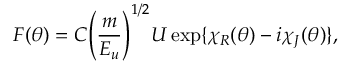
F ( \theta ) = C { \left( \frac { m } { E _ { u } } \right) } ^ { 1 / 2 } U \exp \{ \chi _ { R } ( \theta ) - i \chi _ { J } ( \theta ) \} ,